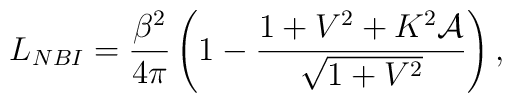
L_{NBI}=\frac{\beta^2}{4\pi}\left(1-\frac{1+V^2+K^2\mathcal{A}}{\sqrt{1+V^2}}\right),